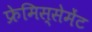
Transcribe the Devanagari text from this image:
फ्रेमिस्सेमेंट